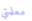
معلمتي